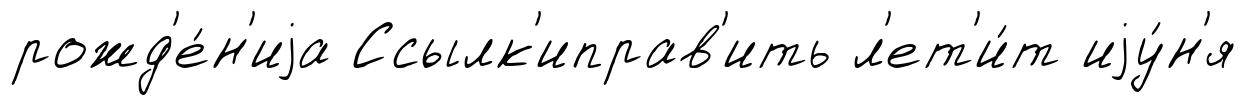
рожд'е́н'иjа Ссылк'иправ'ить л'ет'и́т иjу́н'я